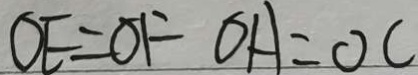
O E = O F O A = O C